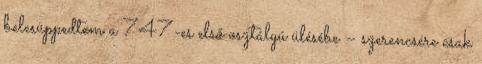
belesüppedtem a 747-es első osztályú ülésébe – szerencsére csak